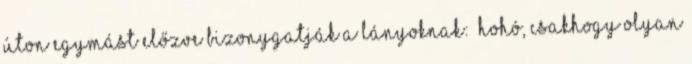
úton egymást előzve bizonygatják a lányoknak: „Hohó, csakhogy olyan